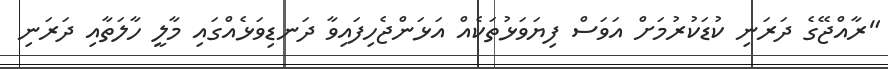
"ރާއްޖޭގެ ދަރަނި ކުޑަކުރުމަށް އަވަސް ފިޔަވަޅުތަކެއް އަޅަންޖެހިފައިވާ ދަނޑިވަޅެއްގައި މާލީ ހާލަތާއި ދަރަނި